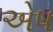
એષ